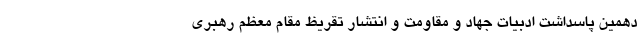
دهمین پاسداشت ادبیات جهاد و مقاومت و انتشار تقریظ مقام معظم رهبری